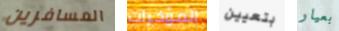
المسافرين المؤخرات بتعيين بعيار